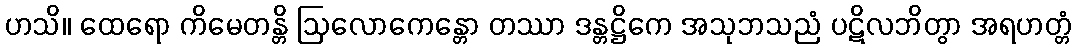
ဟသိ။ ထေရော ကိမေတန္တိ ဩလောကေန္တော တဿာ ဒန္တဋ္ဌိကေ အသုဘသညံ ပဋိလဘိတွာ အရဟတ္တံ